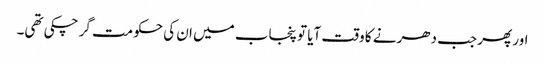
اور پھر جب دھرنے کا وقت آیا تو پنجاب میں ان کی حکومت گر چکی تھی۔